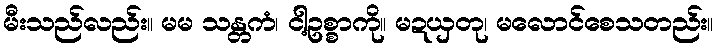
မီးသည်လည်း။ မမ သန္တကံ၊ ငါ့ဥစ္စာကို။ မဍယှတု၊ မလောင်စေသတည်း။